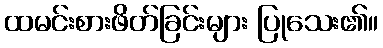
ထမင်းစားဖိတ်ခြင်းများ ပြုသေး၏။